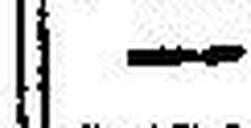
—.—